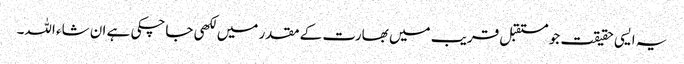
یہ ایسی حقیقت جو مستقبل قریب میں بھارت کے مقدر میں لکھی جاچکی ہے ان شاء اللہ۔